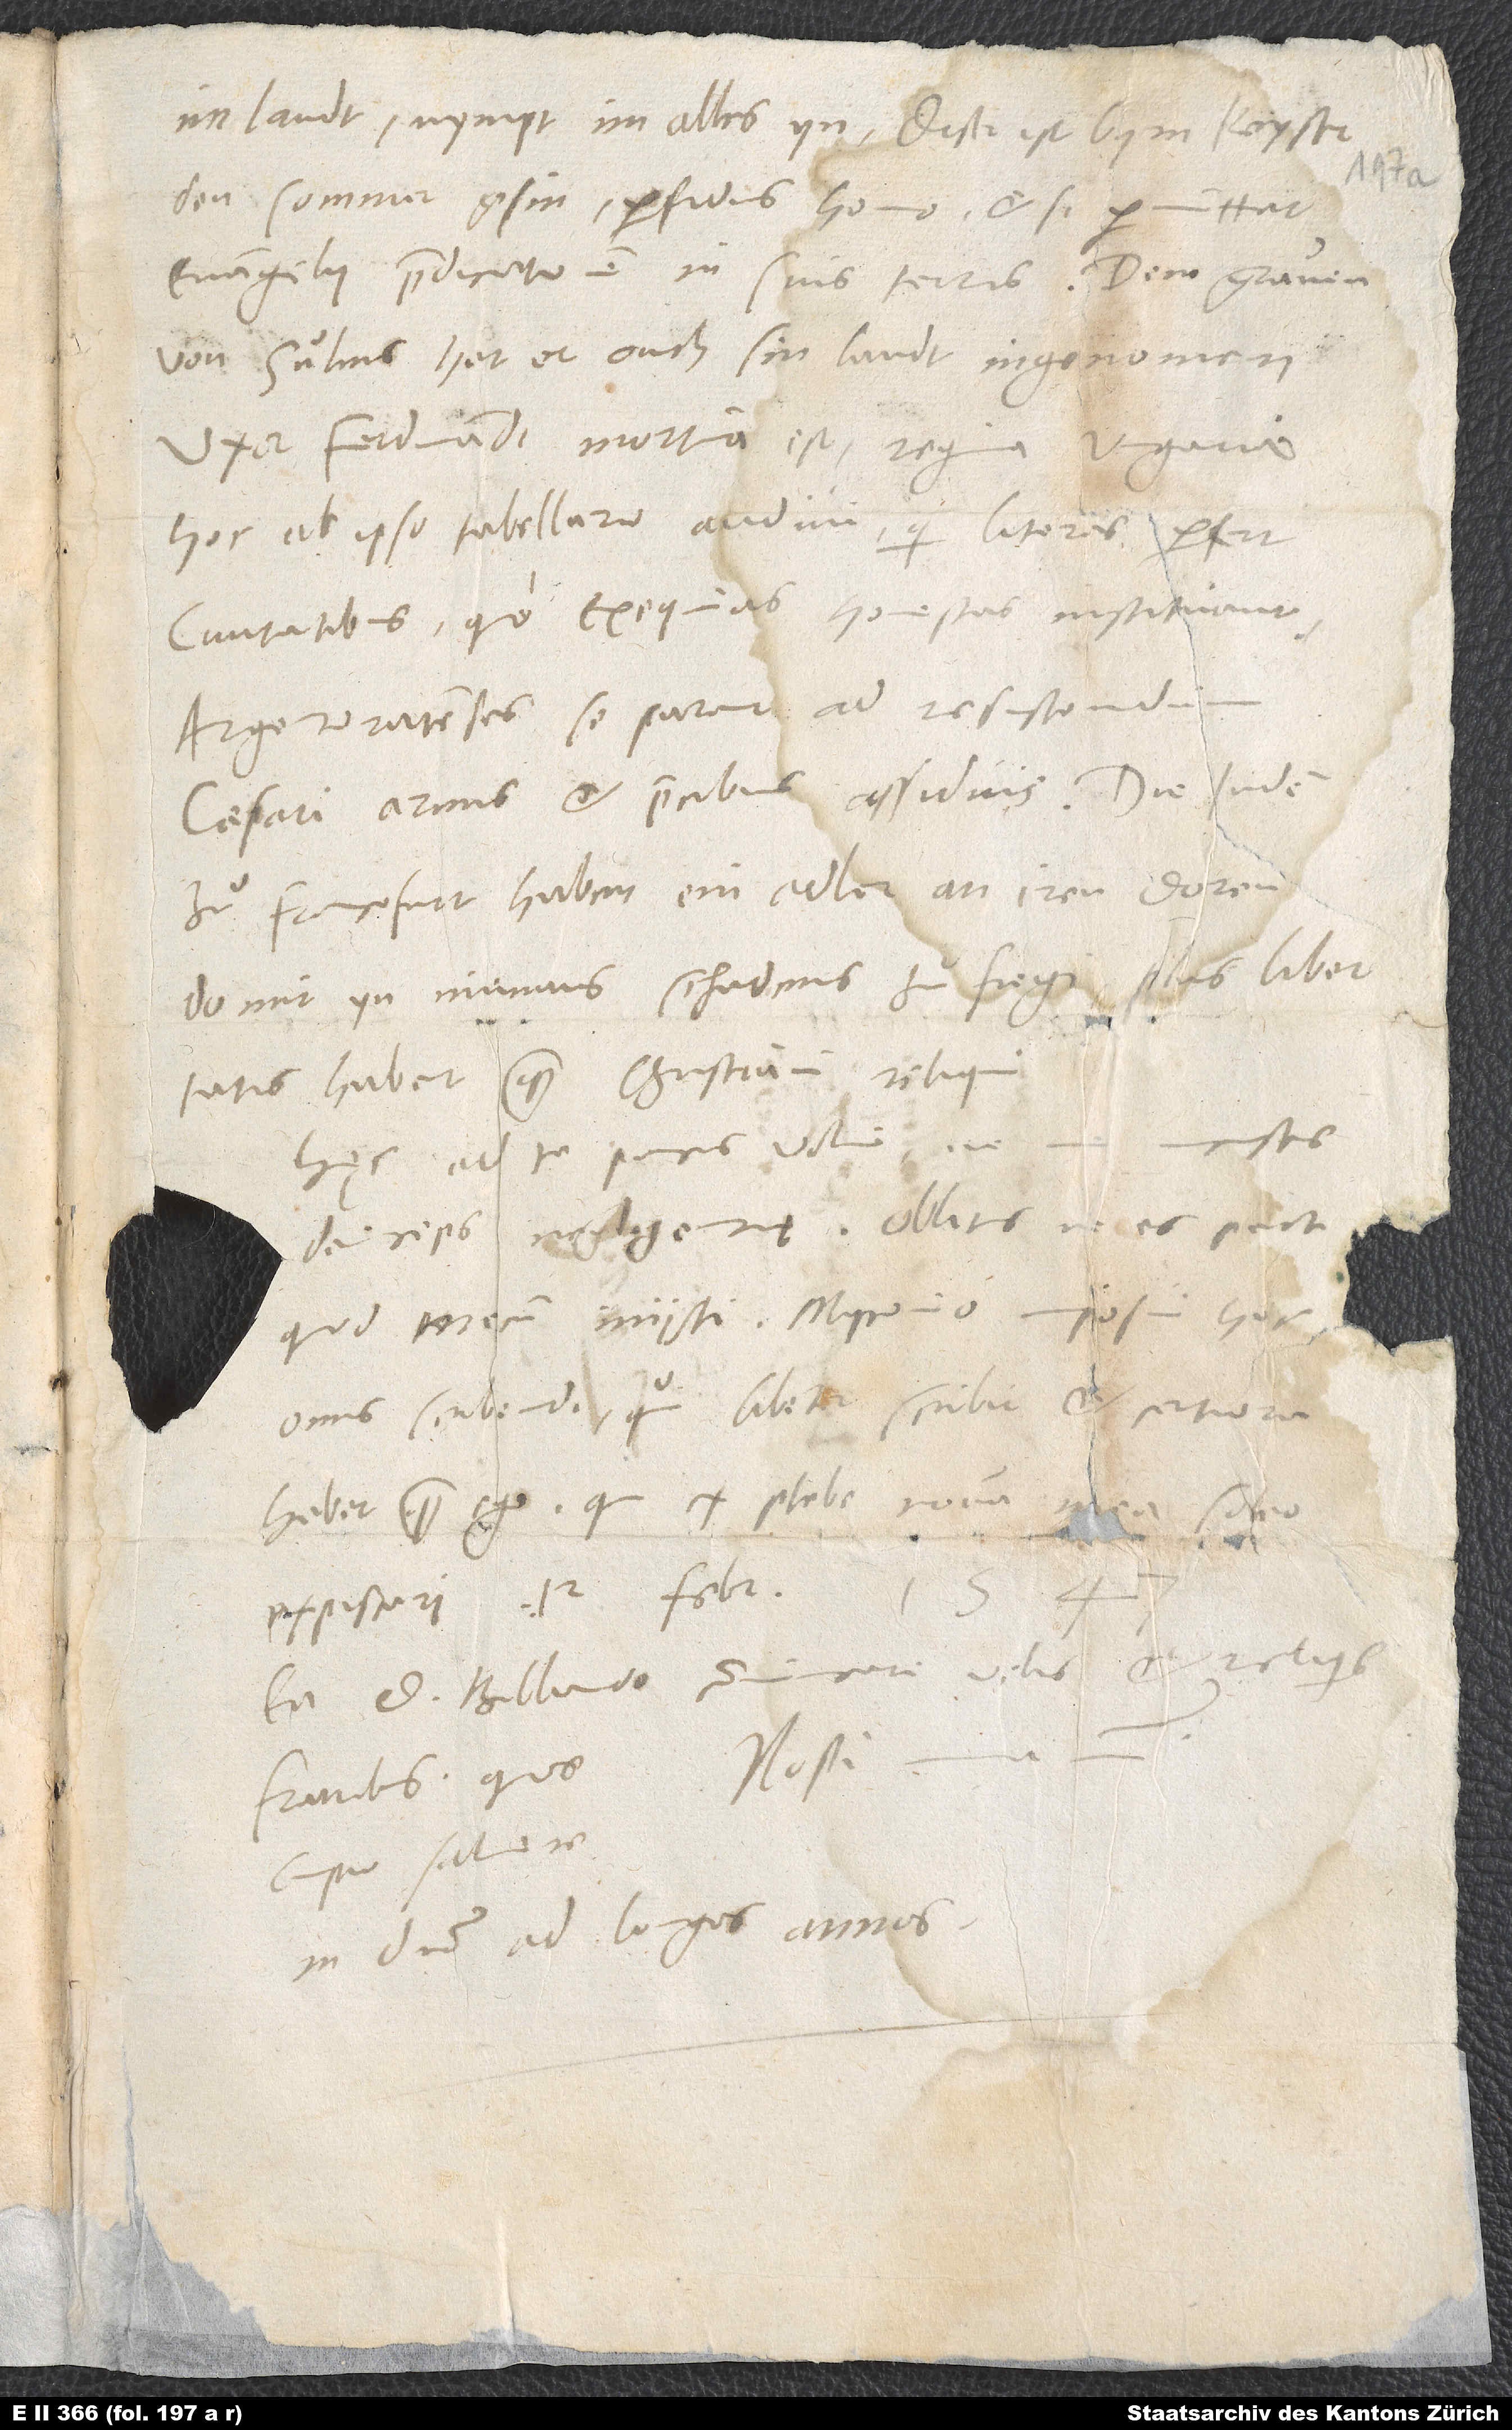
im landt, nympt im alles yn. Diser ist bym keyser
den sommer gsin: Perfidus homo, etsi permittat
evangelii praedicationem in suis terris. Dem graven
von Sulms hat er ouch sin landt ingenomen.
Uxor Ferdinandi mortua est, regina Ungariae.
Hoc ab ipso tabellario audivi, qui literas perfert
civitatibus, quo exequias honestas instituant.
Argentoratenses se parant ad resistendum
caesari armis et precibus assiduis.
zuͦ Francofurt haben ein adler an iren doren,
domit yn niemans schadens zuͦfiegi. Plus libertatis
habent quam christiani reliqui!
Hęc ad te paucis volui, ne me incuses
deinceps negligentię oblitusve es pacti,
quod mecum iniisti. Myconio imposui hoc
onus scribendi, qui libenter scribit et certiora
habet quam ego, qui ex plebe communia mea soleo
expiscari. 12. februarii
Ea d. Bibliandro communicare velis et reliquis
cupio salvere
in domino ad longos annos.